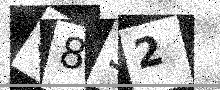
Text: 8832